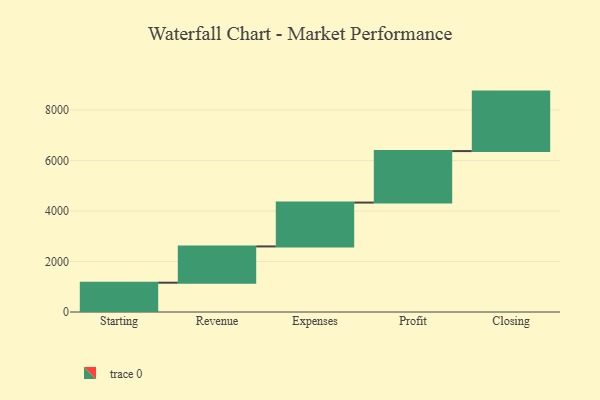
{"axis": {"x": "Step", "y": "Value"}, "legend": [""], "data": [{"x": "Starting", "y": 1161.0, "type": ""}, {"x": "Revenue", "y": 1437.0, "type": ""}, {"x": "Expenses", "y": 1737.0, "type": ""}, {"x": "Profit", "y": 2040.0, "type": ""}, {"x": "Closing", "y": 2357.0, "type": ""}]}